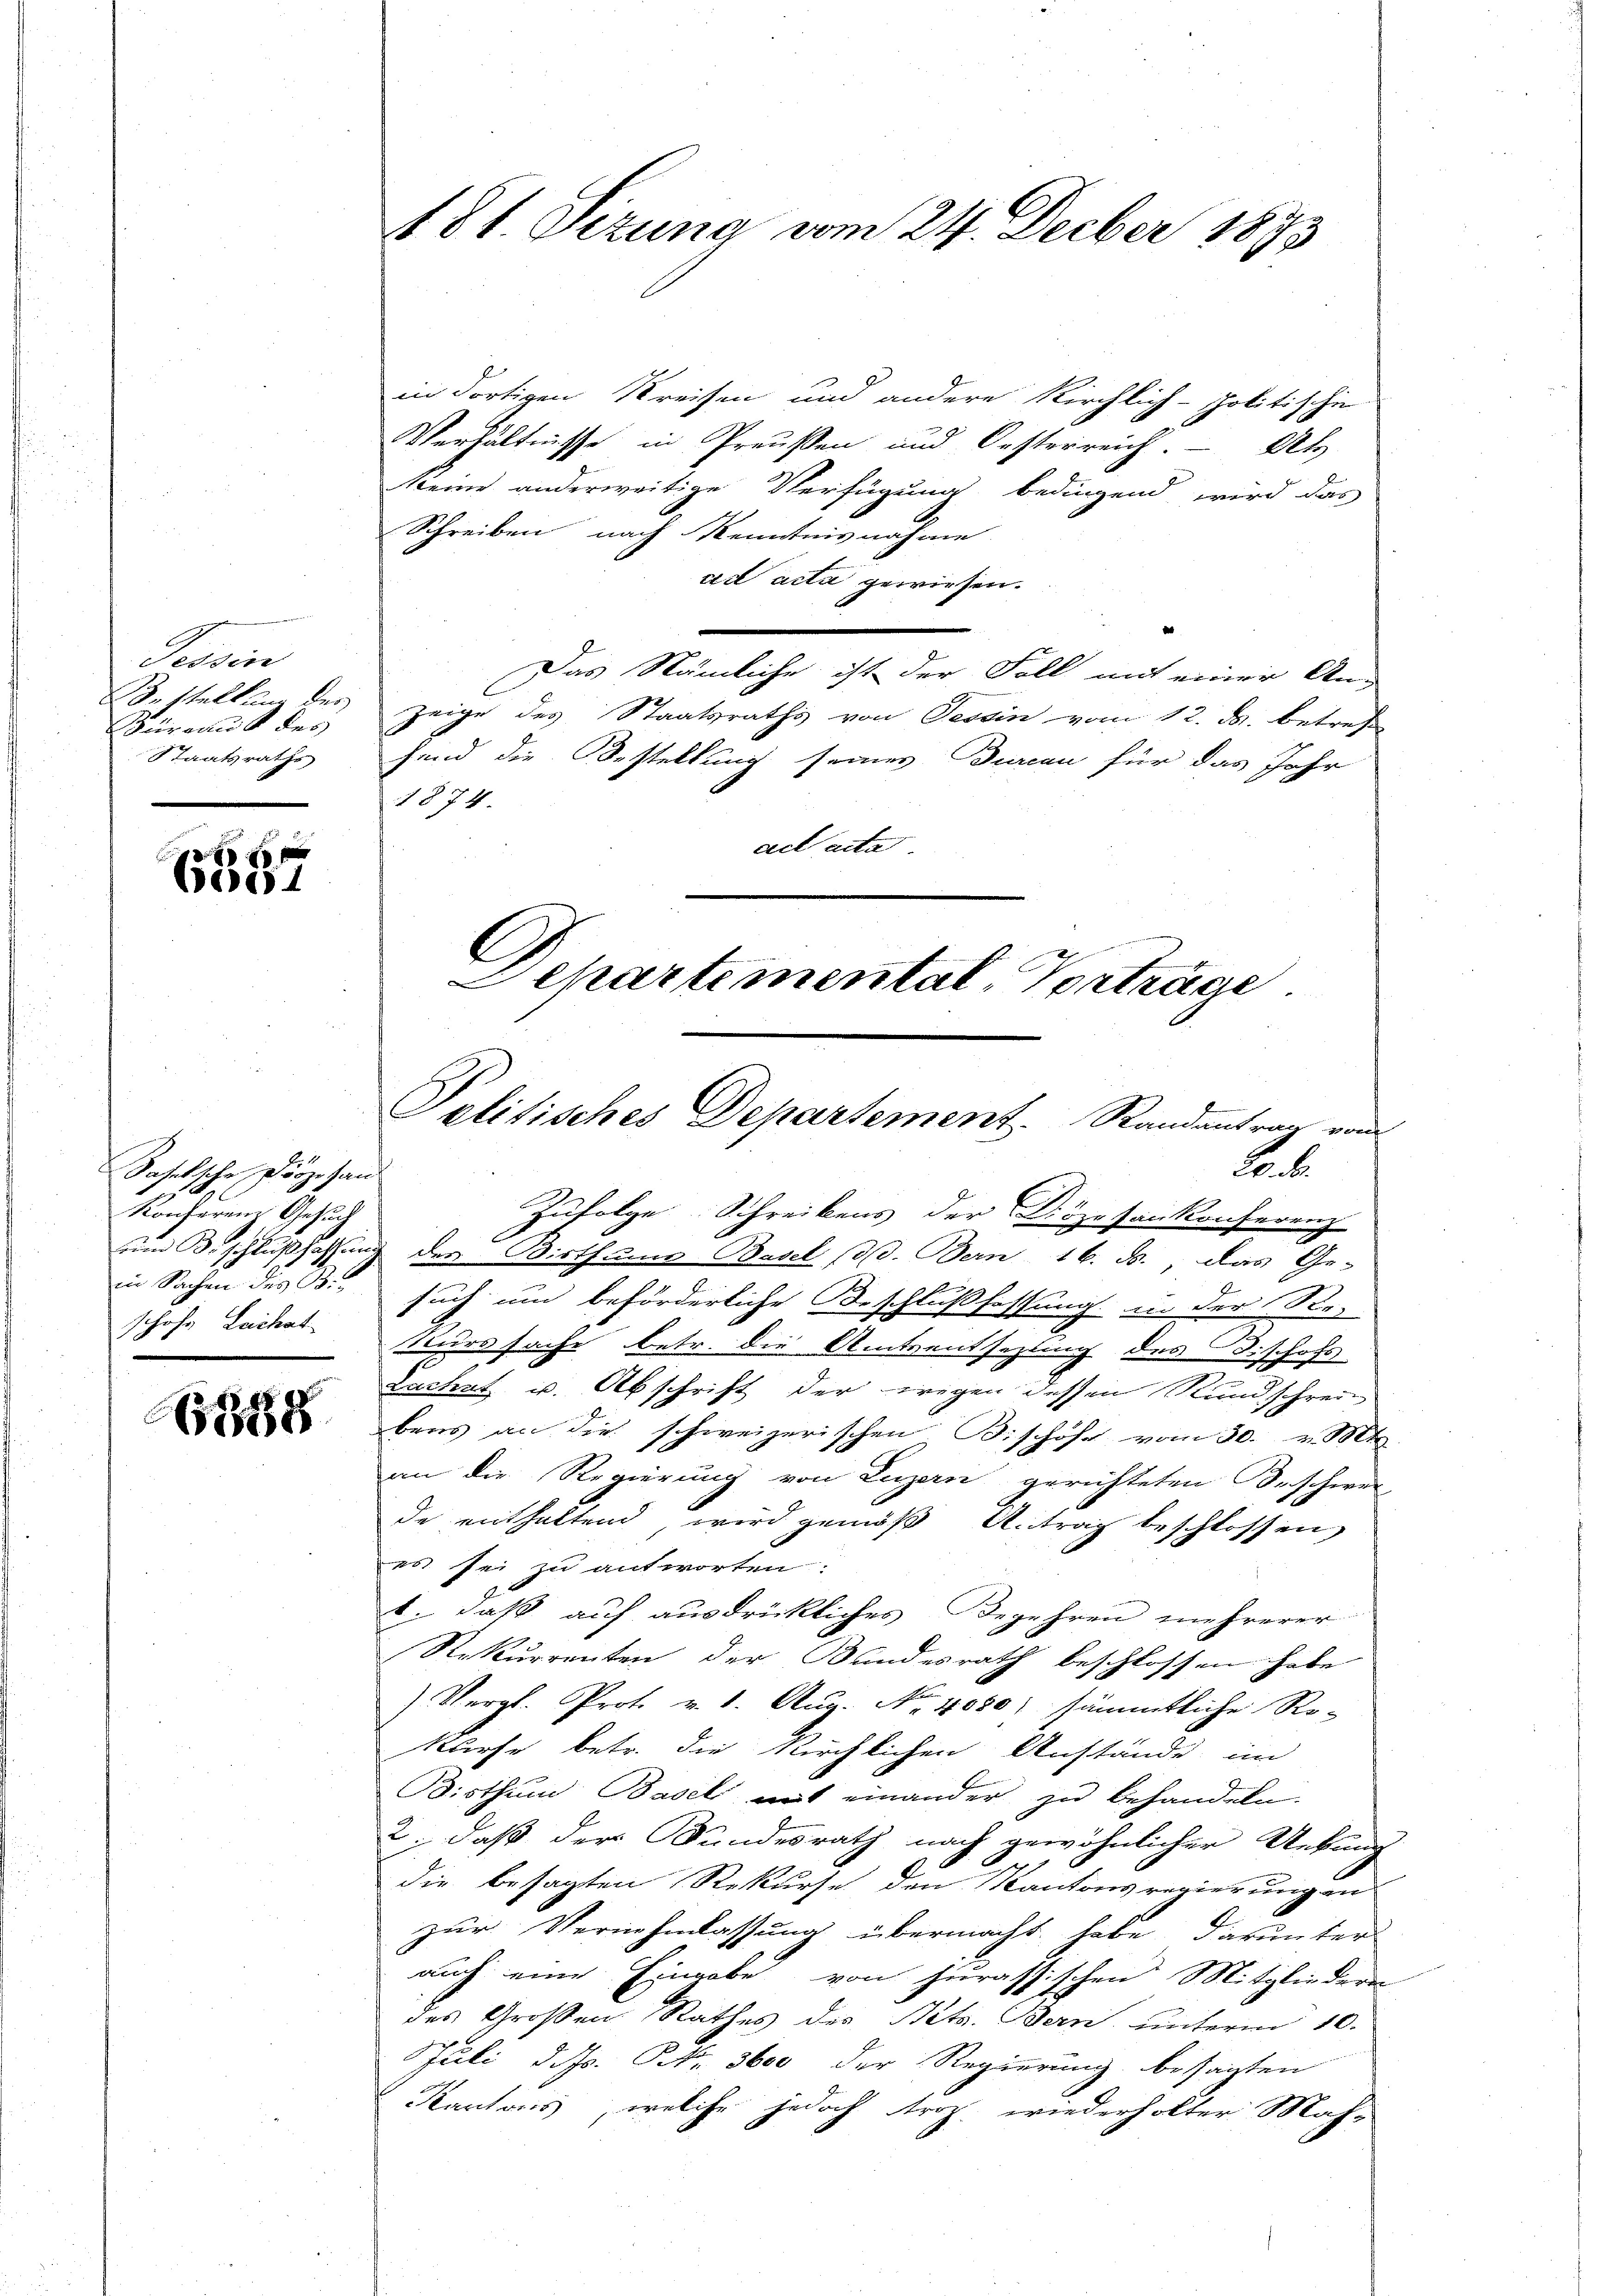
Tessin
B. stellung des
büreaus des
Staatsraths

f 40 x
e

Baselsche Diözesau
Konferen Gesuch
schofs Lachat

6388

in dortigen Kreisen und andere Kirchlich-Politischen
Verhältnisse in Preußen und Oesterreich Ab
Meine anderweitige Verfügung bedingend wird das
Schreiben nach Kenntnisnahme
ad acta gewiesen.
Das Nämliche ist der Fall mit einer An-
zeige des Staatsraths von Tessin vom 12. M. betreff
fend die Bestellung seines Durcan für das Jahr
1874.
cect acta

Zufolge Schreibens der Diözesankonferenz
und Beschlußfassung der Wirth uns Basel (d. Bern 16. ds., das Ge-
d

in Sachen des Besuch um beförderliche Beschlußfassung in der Se-
teurssache betr. die Amtsentsezling des Bischofs
Lachet u. Abschrift der wegen dessen Rundschrei
bens an die schweizerischen Bischose vom 30. v. Mtt.
an die Regierung von Luzern gerichteten Beschwer
de enthaltend, wird gemäß U. trag beschlossen,
es sei zu antworten:
t. daß auf ausdrückliches Begehren mehrerer
Rekurrenten der Bundesrath beschlossen habe
Vergl. Prot. v. 1. Aŭg. No. 4080) sämmtliche Ro¬
Kurse betr. die kirchlichen Anstände im
Bisthum Basel mit einander zu behandeln.
2. daß der Bundesrath nach gewöhnlicher Unkung
e
die besagten Rekurse den Kantons regierung an
zur Vernehmlassung übermacht habe darunter
auch eine Eingabe von jurassischen Mitgliedere
des Großen Rathes des Bets. Bern, unterm 10.
Juli d. h. Nr. 3600 der Regierung besagten
Kantons, welche jedoch troz, wiederholter Mah-

18t. Sizung vom 24. Decber 1873

C
Schartemental-Vorträge.
Politisches Departement. Randantrag vom
20. d.